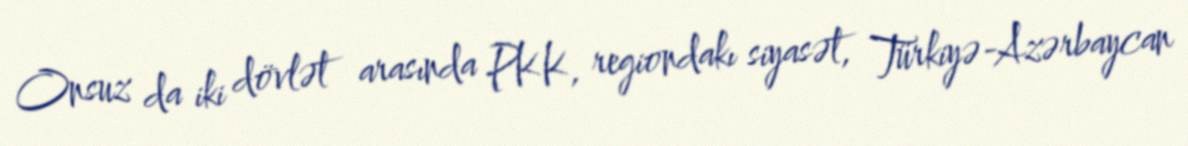
Onsuz da iki dövlət arasında PKK, regiondakı siyasət, Türkiyə-Azərbaycan